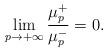
LaTeX: \begin{align*}\lim_{p\rightarrow +\infty}\frac{\mu_p^+}{\mu_p^-}=0.\end{align*}